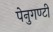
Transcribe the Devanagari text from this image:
पेनुगण्टी